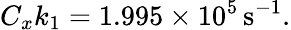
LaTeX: C_{x}k_{1}=1.995\times 10^{5}\, \mathrm{s^{-1}}.